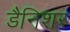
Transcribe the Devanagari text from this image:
डैनिशर